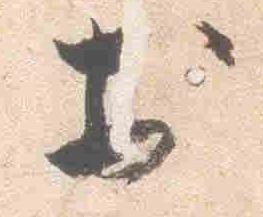
於